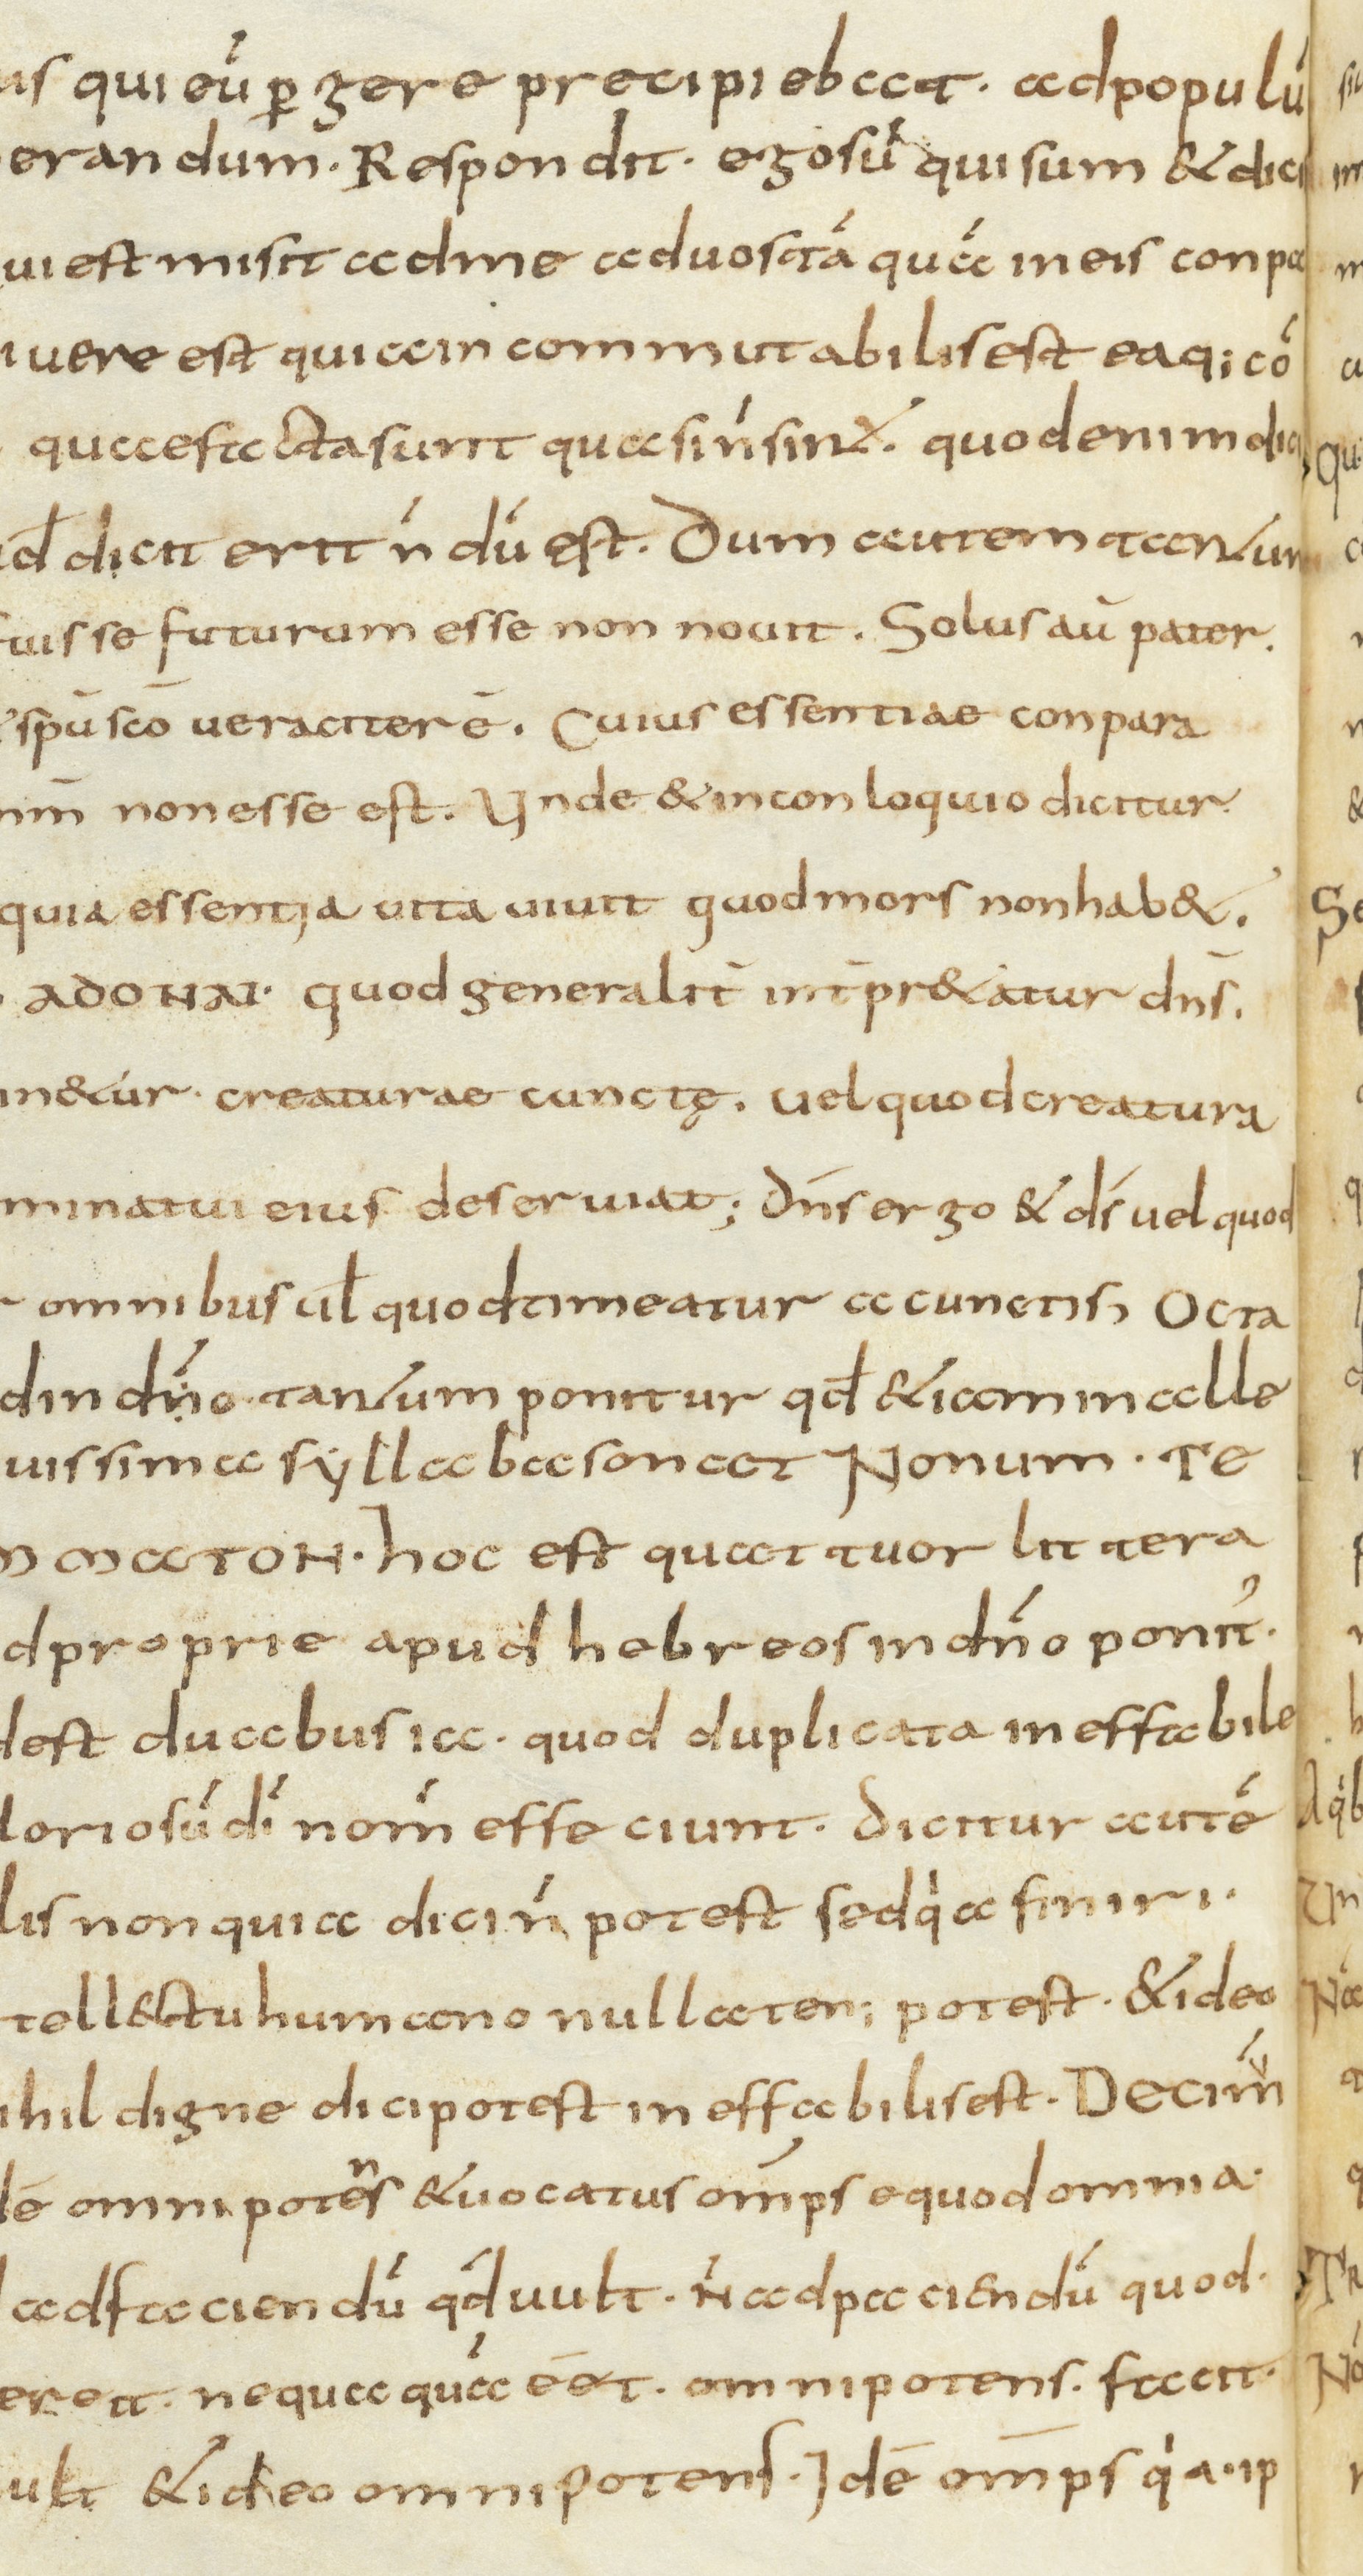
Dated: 800–830